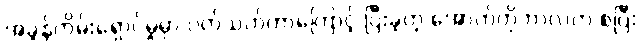
အခွန်တိမ်းရှောင်မှုမှာ ပတ်သက်တာကြောင့် ပြီးခဲ့တဲ့ အောက်တိုဘာလက စပြီး